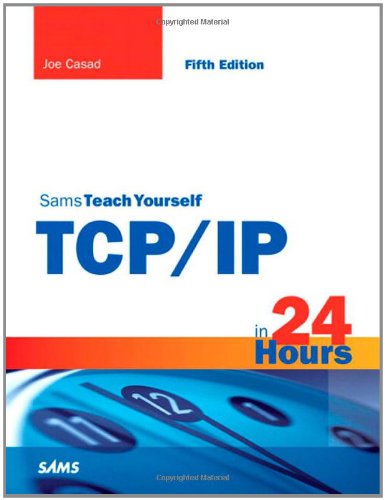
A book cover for Sams Teach Yourself TCP/IP in 24 Hours (5th Edition); Joe Casad; Computers & Technology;